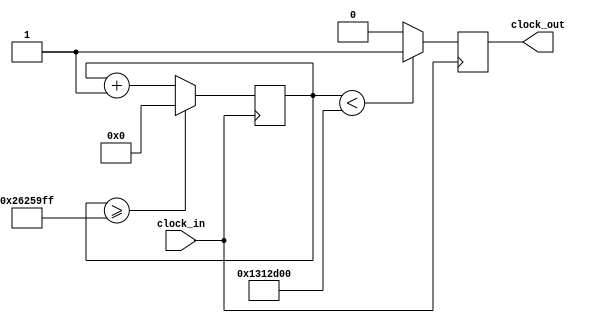
`timescale 1ns / 1ps

module reloj_displays (input clock_in, output reg clock_out);

reg [31:0]  counter = 32'd0;
parameter DIVISOR = 32'd40000000;
always @(posedge clock_in)
begin
counter <= counter + 32'd1;
if (counter >=(DIVISOR-1))
counter <= 32'd0;
clock_out <= (counter<DIVISOR/2)?1'b1:1'b0;

end

endmodule

/*module reloj_displays(input clk,pausa,on, output reg ou);

reg [27:0]z=28'd0;
parameter w=28'd20000000;

always@(posedge clk)
if (pausa == 0 && on == 0)
begin
z<=z+28'd1;
if(z>=(w-1))
z<=28'd0;
ou<=(z<w/2)?1'b1:1'b0;
end
endmodule */